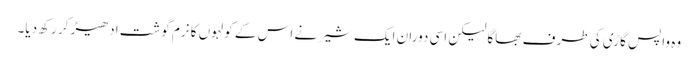
وہ واپس گاڑی کی طر ف بھاگا لیکن اسی دوران ایک شیر نے اس کے کولہوں کا نرم گوشت ادھیڑ کر رکھ دیا۔